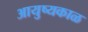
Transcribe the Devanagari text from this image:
आयुष्यकाळ